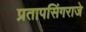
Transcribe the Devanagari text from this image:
प्रतापसिंगराजे